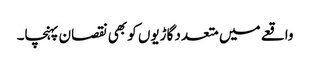
واقعے میں متعدد گاڑیوں کو بھی نقصان پہنچا۔